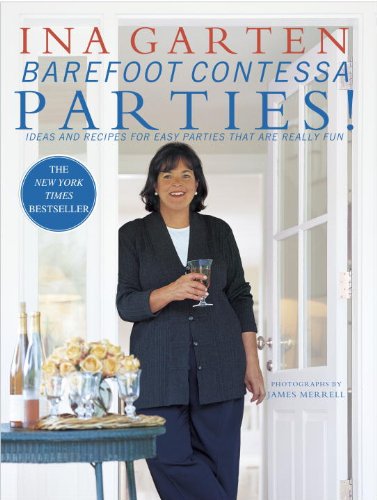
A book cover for Barefoot Contessa Parties! Ideas and Recipes for Easy Parties That Are Really Fun; Ina Garten; Cookbooks, Food & Wine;